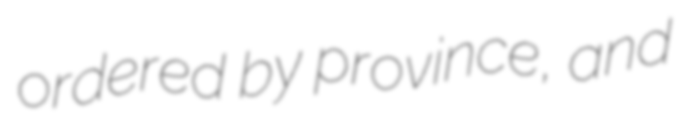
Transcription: ordered by province, and